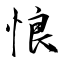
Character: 悢